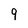
Character: 9